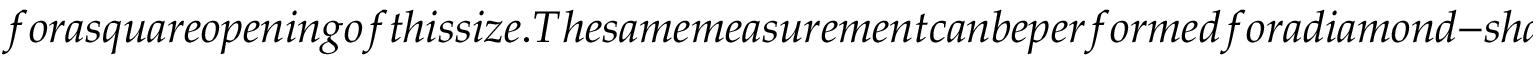
f o r a s q u a r e o p e n i n g o f t h i s s i z e . T h e s a m e m e a s u r e m e n t c a n b e p e r f o r m e d f o r a d i a m o n d - s h a p e d p a i r o f o p e n i n g s a n d i s r e p o r t e d i n F i g . ( f ) . T h e c a l c u l a t e d m a x i m u m s t r a i n d i f f e r e n c e f o r t h i s c a s e i s